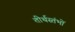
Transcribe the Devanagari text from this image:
तीर्थस्तंभों